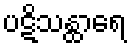
ပဋိသန္ထာရေ